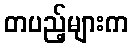
တပည့်များက